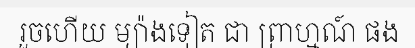
រួចហើយ ម្យ៉ាងទៀត ជា ព្រាហ្មណ៍ ផង